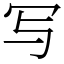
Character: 写